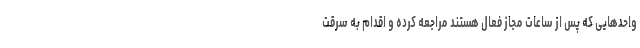
واحدهایی که پس از ساعات مجاز فعال هستند مراجعه کرده و اقدام به سرقت